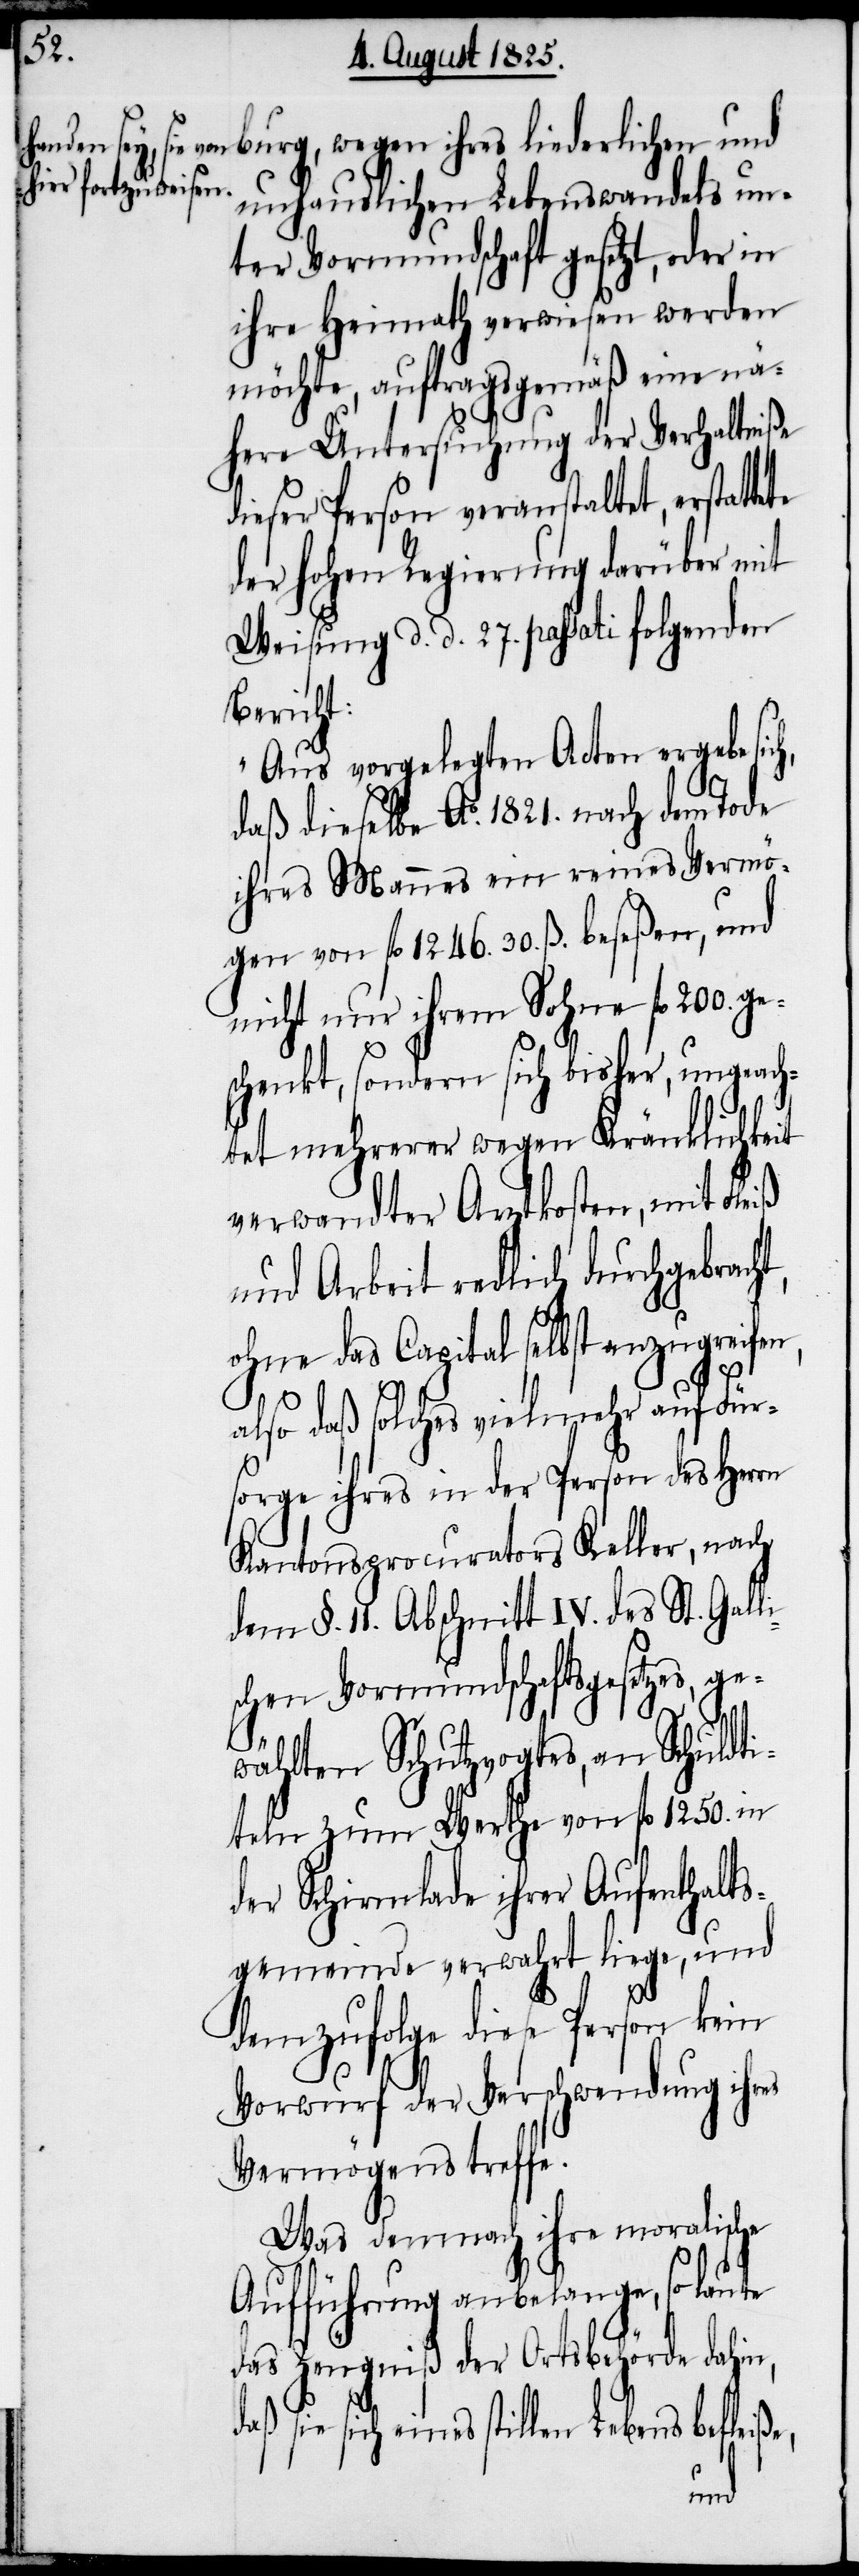
unhauslichen Lebenswandels un¬
ter Vormundschaft gesetzt, oder in
ihre Heimath verwiesen werden
möchte, auftragsgemäß eine nä¬
here Untersuchung der Verhaltniße
dieser Person veranstaltet, erstatte¬
der hohen Regierung darüber mit
Weisung d. d. 27. passati folgenden
Bericht:
„Aus vorgelegten Acten ergebe sic¬
daß dieselbe Ao. 1821. nach dem Tode
ihres Mannes ein reines Vermö¬
gen von fl. 1246. 30. ß. beseßen, und
nicht nur ihrem Sohne fl. 200. ge¬
schenkt, sondern sich bisher, ungeach¬
tet mehrerer wegen Kränklichkeit
sich
verwandter Arztkosten, m¬
und Arbeit redlich durchgebrac¬
ohne das Capital selbst anzugreifen,
ht,
daß
also daß solches vielmehr auf Für¬
sorge ihres in der Person des Herrn
Kantonsprocurators Keller, nach
dem §. 11. Abschnitt IV. des St. Galli¬
schen Vormundschaftsgesetzes, ge¬
h,
wählten Schutzvogtes, an Schuldti¬
teln zum Werthe von fl. 1250. in
der Schirmlade ihrer Aufenthalt¬
sgemeinde verwahrt liege, und
demzufolge diese Person kein
Vorwurf der Verschwendung ihres
Vermögens treffe.
Was demnach ihre moralische
Aufführung anbelange, so laute
das Zeugniß der Ortsbehörde dahin,
eines stillen Lebens befleiße,
it